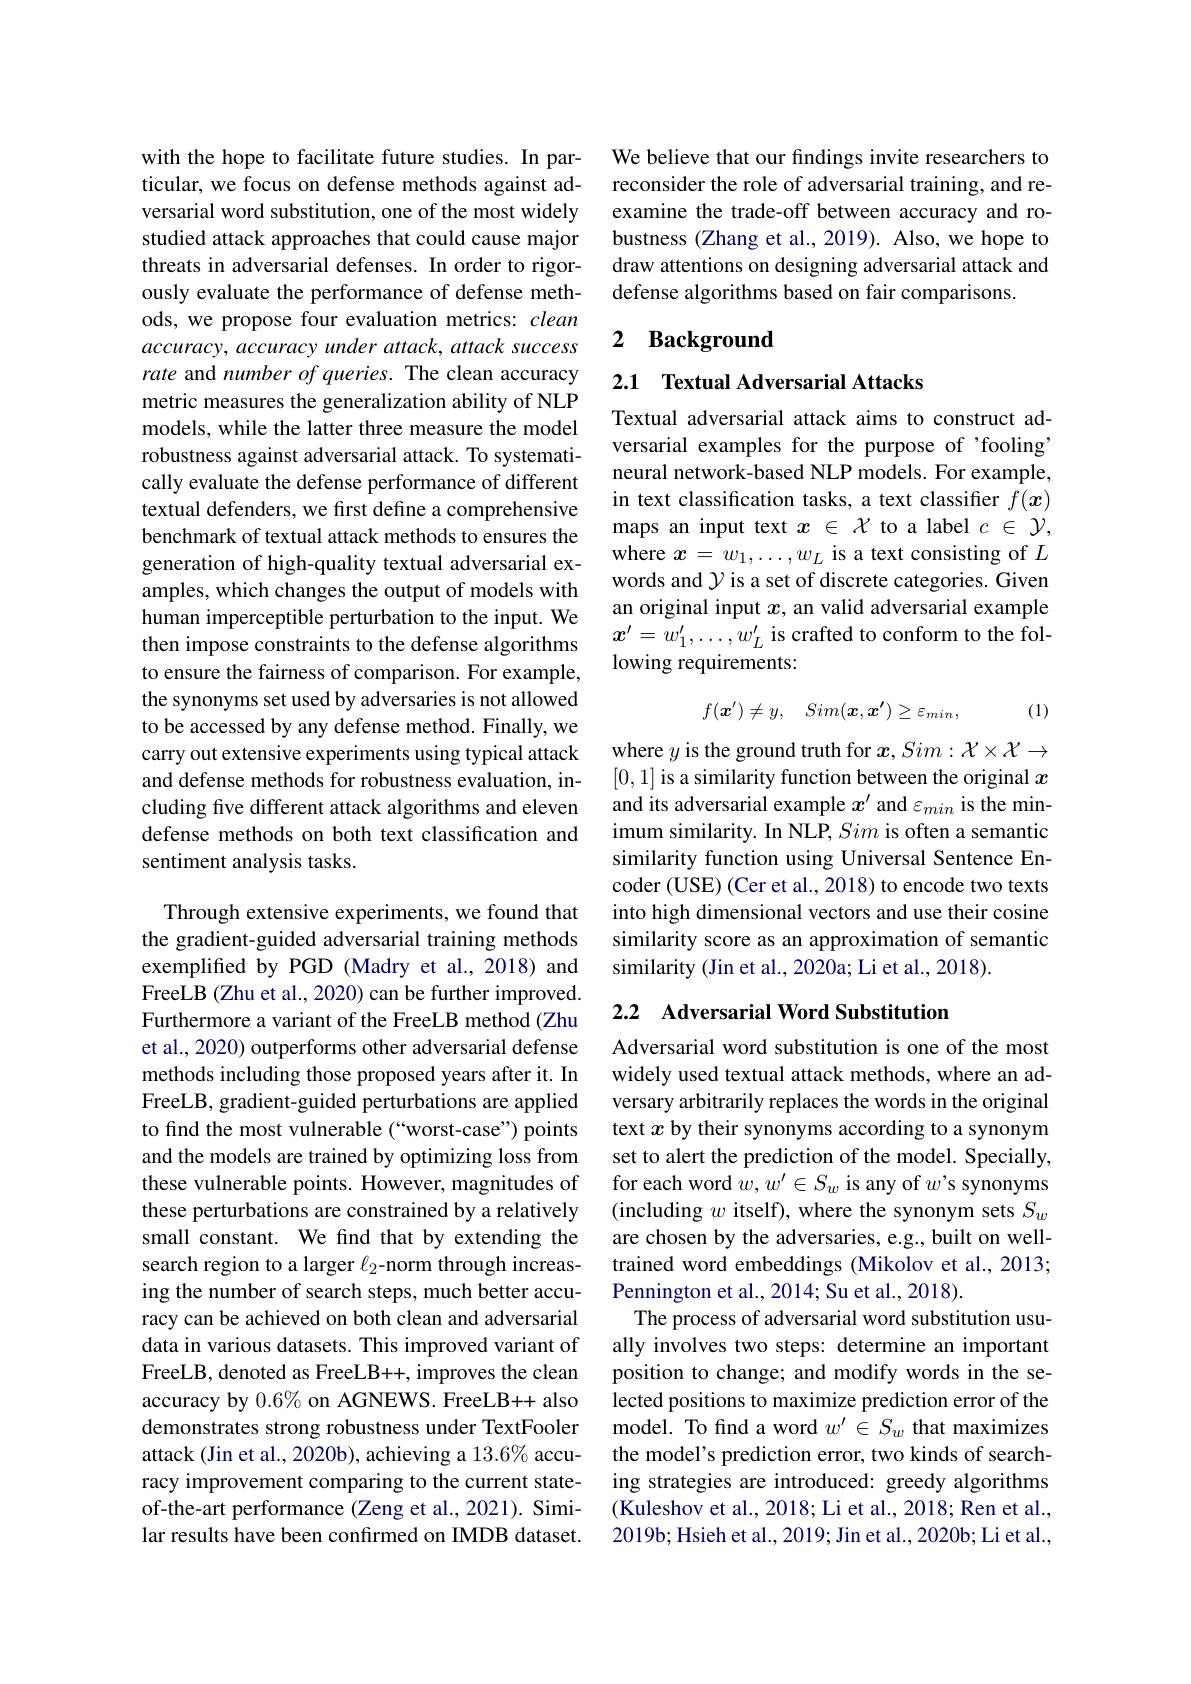
with the hope to facilitate future studies. In particular, we focus on defense methods against adversarial word substitution, one of the most widely studied attack approaches that could cause major threats in adversarial defenses. In order to rigorously evaluate the performance of defense methods, we propose four evaluation metrics: clean accuracy, accuracy under attack, attack success rate and number of queries. The clean accuracy metric measures the generalization ability of NLP models, while the latter three measure the model robustness against adversarial attack. To systematically evaluate the defense performance of different textual defenders, we first define a comprehensive benchmark of textual attack methods to ensures the generation of high-quality textual adversarial examples, which changes the output of models with human imperceptible perturbation to the input. We then impose constraints to the defense algorithms to ensure the fairness of comparison. For example, the synonyms set used by adversaries is not allowed to be accessed by any defense method. Finally, we carry out extensive experiments using typical attack and defense methods for robustness evaluation, including five different attack algorithms and eleven defense methods on both text classification and sentiment analysis tasks.

Through extensive experiments, we found that the gradient-guided adversarial training methods exemplified by PGD (Madry et al.,2018) and FreeLB (Zhu et al., 2020) can be further improved. Furthermore a variant of the FreeLB method (Zhu et al., 2020) outperforms other adversarial defense methods including those proposed years after it. In FreeLB, gradient-guided perturbations are applied to find the most vulnerable (“worst-case”) points and the models are trained by optimizing loss from these vulnerable points. However, magnitudes of these perturbations are constrained by a relatively small constant. We find that by extending the search region to a larger $\ell_2$-norm through increasing the number of search steps, much better accuracy can be achieved on both clean and adversarial data in various datasets. This improved variant of FreeLB, denoted as FreeLB++, improves the clean accuracy by $0.6\%$ on AGNEWS. FreeLB++ also demonstrates strong robustness under TextFooler attack (Jin et al., 2020b), achieving a 13.6% accuracy improvement comparing to the current stateof-the-art performance (Zeng et al., 2021). Similar results have been confirmed on IMDB dataset.

We believe that our findings invite researchers to reconsider the role of adversarial training, and reexamine the trade-off between accuracy and robustness (Zhang et al., 2019). Also, we hope to draw attentions on designing adversarial attack and defense algorithms based on fair comparisons.

## 2 Background

2.1 Textual Adversarial Attacks

Textual adversarial attack aims to construct adversarial examples for the purpose of 'fooling' neural network-based NLP models. For example, in text classification tasks, a text classifier $f(x)$ maps an input text $x\in\mathcal{X}$ to a label $c\in\mathcal{Y}$, where $x=w_1,\ldots,w_L$ is a text consisting of $L$ words and $\gamma$ is a set of discrete categories. Given an original input $x$, an valid adversarial example $x^{\prime}=w_1^{\prime},\ldots,w_L^{\prime}$ is crafted to conform to the following requirements:
$$f(\boldsymbol{x}')\neq y,\quad Sim(\boldsymbol{x},\boldsymbol{x}')\geq\varepsilon_{min},$$
(1)

where $y$ is the ground truth for $x,Sim:\mathcal{X}\times\mathcal{X}\to$ [0,1] is a similarity function between the original $x$ and its adversarial example $x^{\prime}$ and $\varepsilon_{min}$ is the minimum similarity. In NLP, Sim is often a semantic similarity function using Universal Sentence Encoder (USE) (Cer et al., 2018) to encode two texts into high dimensional vectors and use their cosine similarity score as an approximation of semantic similarity (Jin et al., 2020a; Li et al., 2018).

## 2.2 Adversarial Word Substitution

Adversarial word substitution is one of the most widely used textual attack methods, where an adversary arbitrarily replaces the words in the original text $x$ by their synonyms according to a synonym set to alert the prediction of the model. Specially, for each word $w,w^\prime\in S_w$ is any of $w^\prime$s synonyms (including $w$ itself), where the synonym sets $S_w$ are chosen by the adversaries, e.g., built on welltrained word embeddings (Mikolov et al., 2013; Pennington et al., 2014; Su et al., 2018)
The process of adversarial word substitution usually involves two steps: determine an important position to change; and modify words in the selected positions to maximize prediction error of the model. To find a word $w^{\prime}\in S_w$ that maximizes the model's prediction error, two kinds of searching strategies are introduced: greedy algorithms (Kuleshov et al., 2018; Li et al., 2018; Ren et al., 2019b; Hsieh et al., 2019; Jin et al., 2020b; Li et al.,